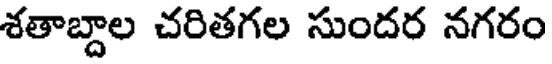
శతాబ్దాల చరితగల సుందర నగరం